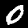
Digit: 0